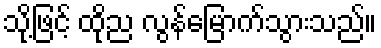
သို့ဖြင့် ထိုည လွန်မြောက်သွားသည်။